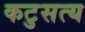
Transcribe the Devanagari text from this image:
कटुसत्य